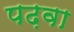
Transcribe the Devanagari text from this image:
पढ़वा